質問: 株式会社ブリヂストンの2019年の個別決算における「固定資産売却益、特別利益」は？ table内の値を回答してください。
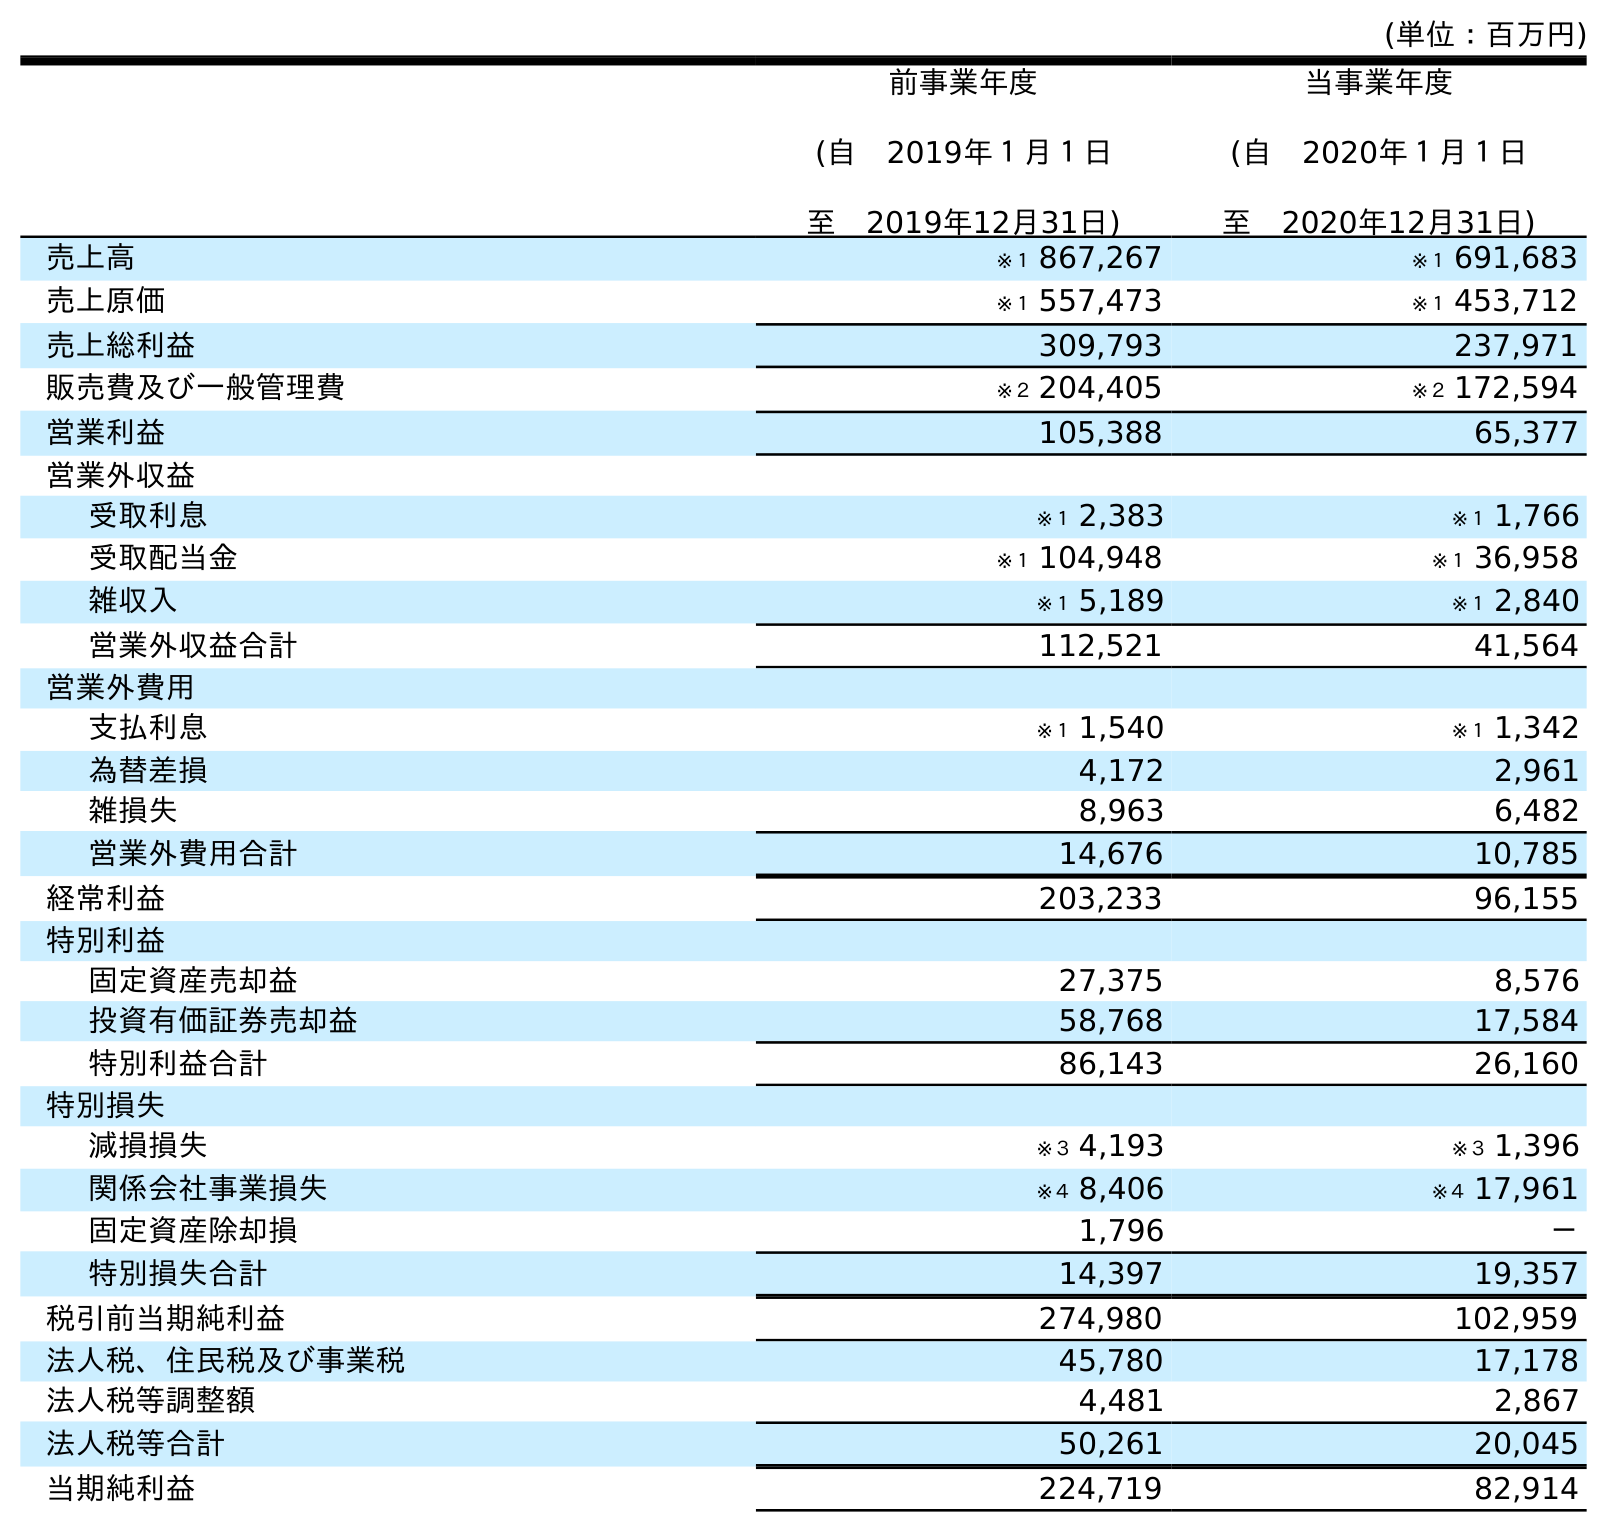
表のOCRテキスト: (単位：百万円) 前事業年度 (自 2019年１月１日 至 2019年12月31日) 当事業年度 (自 2020年１月１日 至 2020年12月31日) 売上高 ※１ 867,267 ※１ 691,683 売上原価 ※１ 557,473 ※１ 453,712 売上総利益 309,793 237,971 販売費及び一般管理費 ※２ 204,405 ※２ 172,594 営業利益 105,388 65,377 営業外収益 受取利息 ※１ 2,383 ※１ 1,766 受取配当金 ※１ 104,948 ※１ 36,958 雑収入 ※１ 5,189 ※１ 2,840 営業外収益合計 112,521 41,564 営業外費用 支払利息 ※１ 1,540 ※１ 1,342 為替差損 4,172 2,961 雑損失 8,963 6,482 営業外費用合計 14,676 10,785 経常利益 203,233 96,155 特別利益 固定資産売却益 27,375 8,576 投資有価証券売却益 58,768 17,584 特別利益合計 86,143 26,160 特別損失 減損損失 ※３ 4,193 ※３ 1,396 関係会社事業損失 ※４ 8,406 ※４ 17,961 固定資産除却損 1,796 － 特別損失合計 14,397 19,357 税引前当期純利益 274,980 102,959 法人税、住民税及び事業税 45,780 17,178 法人税等調整額 4,481 2,867 法人税等合計 50,261 20,045 当期純利益 224,719 82,914
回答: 27,375